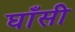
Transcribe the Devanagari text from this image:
घाँसी